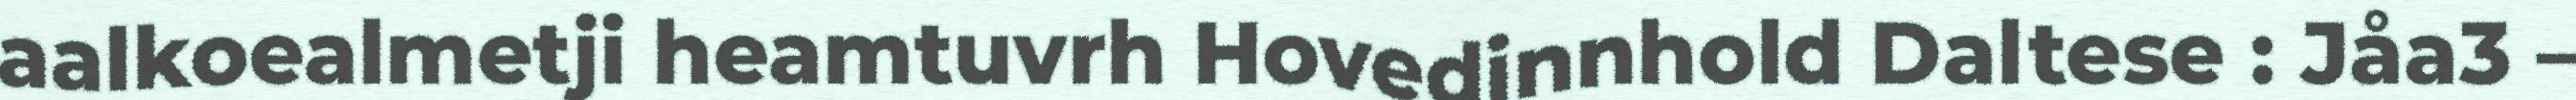
aalkoealmetji heamtuvrh Hovedinnhold Daltese : Jåa3 –